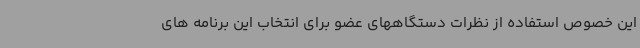
این خصوص استفاده از نظرات دستگاههای عضو برای انتخاب این برنامه های